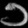
Digit: ၁